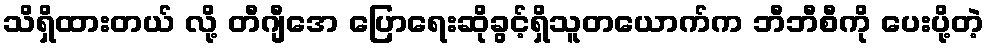
သိရှိထားတယ် လို့ တီဂျီအေ ပြောရေးဆိုခွင့်ရှိသူတယောက်က ဘီဘီစီကို ပေးပို့တဲ့